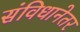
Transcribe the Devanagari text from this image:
संविधानेतर